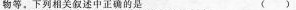
物等。下列相关叙述中正确的是 ()